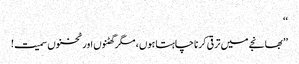
‘‘
’’بھانجے میں ترقی کرنا چاہتا ہوں ، مگر گھٹنوں اور ٹخنوں سمیت!